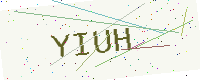
Text: YIUH